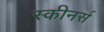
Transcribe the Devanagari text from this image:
स्कीनर्स